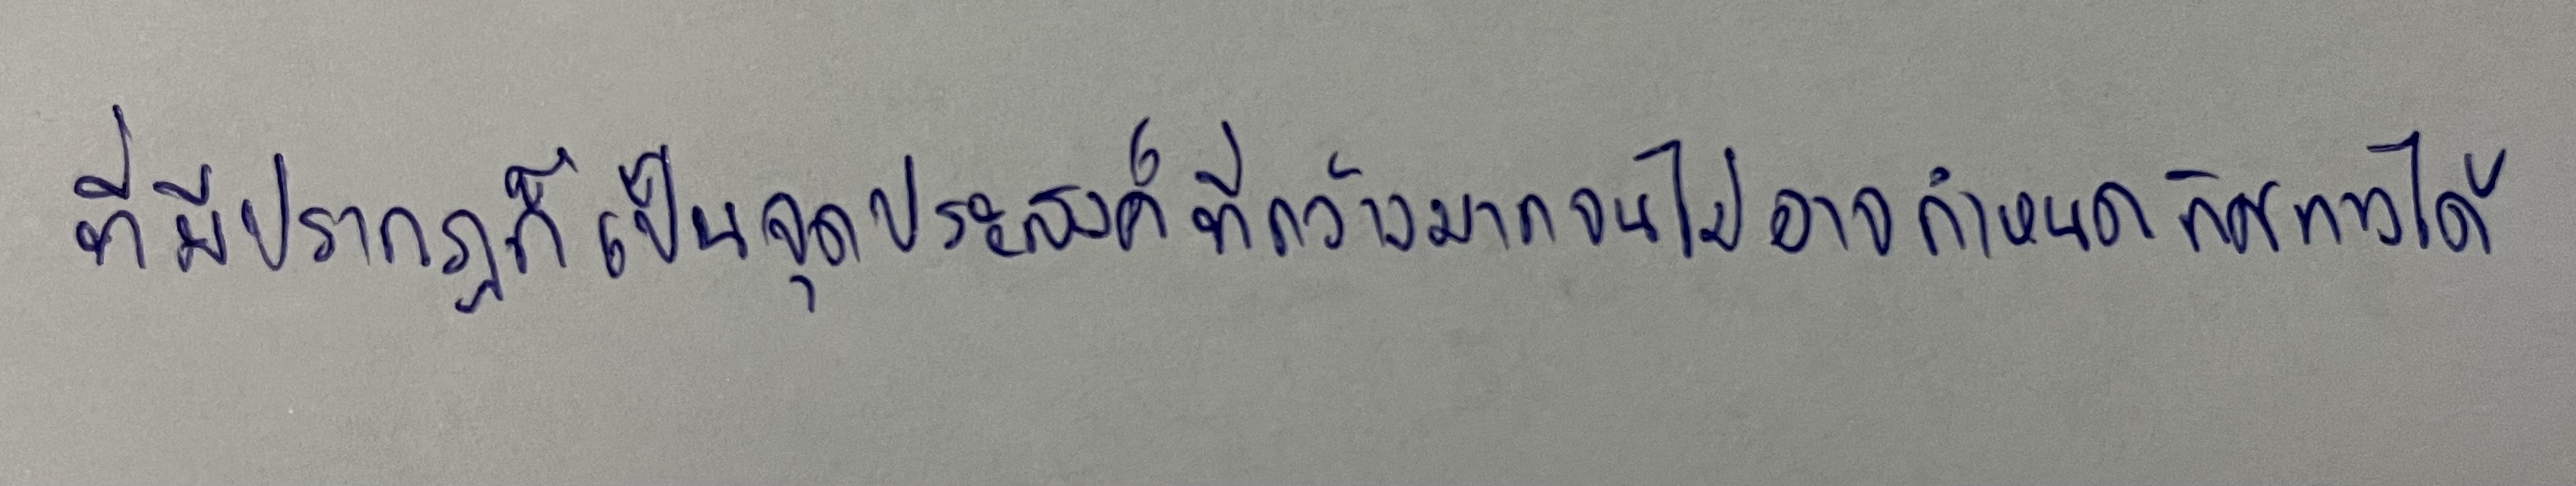
ที่มีปรากฏก็เป็นจุดประสงค์ที่กว้างมากจนไม่อาจกำหนดทิศทางได้